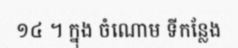
១៤ ។ ក្នុង ចំណោម ទីកន្លែង